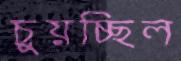
চুয়চ্ছিল